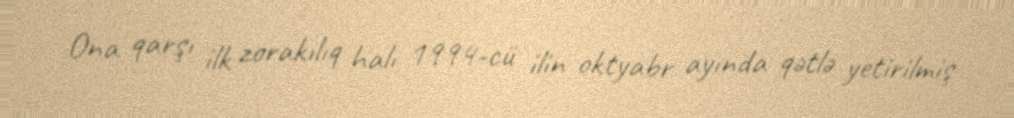
Ona qarşı ilk zorakılıq halı 1994-cü ilin oktyabr ayında qətlə yetirilmiş